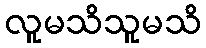
လူမသိသူမသိ